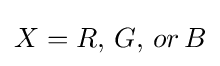
X=R,\,G,\,or\,B